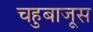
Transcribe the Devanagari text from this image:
चहुबाजूस